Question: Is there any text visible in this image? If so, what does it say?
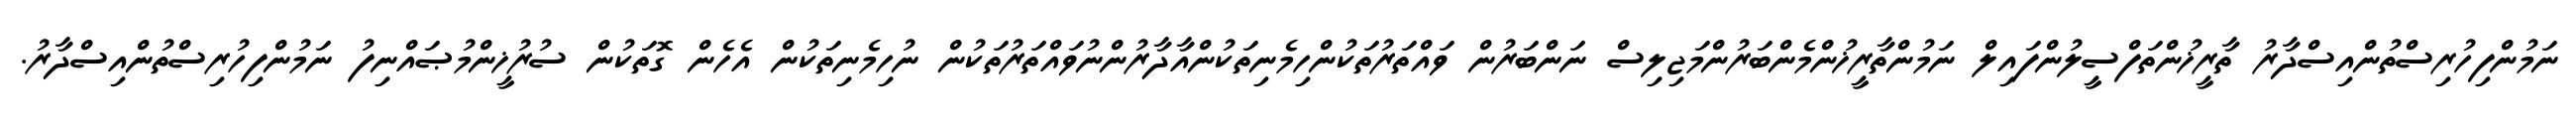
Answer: ނަމުންފިހުރިސްތުންއިސްދާރު ތާރީޚުންތަފްސީލުންފައިލް ނަމުންތާރީޚުންމެންބަރުންމަޖިލިސް ނަންބަރުން ވައްތަރުތަކުންހިމެނިތަކުންއާދާރުންނުވައްތަރުތަކުން ނުހިމެނިތަކުން އެހެން ގޮތަކުން ސުރުޚީންމުޞައްނިފު ނަމުންފިހުރިސްތުންއިސްދާރު.